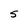
Character: 5